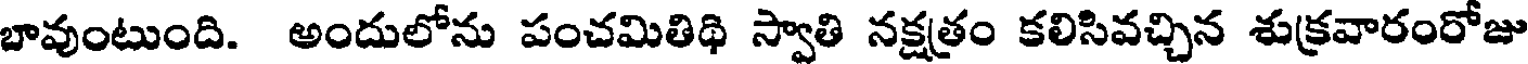
బావుంటుంది. అందులోను పంచమితిథి స్వాతి నక్షత్రం కలిసివచ్చిన శుక్రవారంరోజు